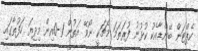
ކެޕްޓަން ބޭންޑާއެކު ކުޅުނު ފުރަތަމަ މެޗަކީ ނޯވޭ އަތުން 1-0އިން މިދިޔަ ހަފުތާގައި